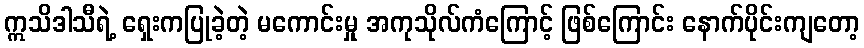
ဣသိဒါသီရဲ့ ရှေးကပြုခဲ့တဲ့ မကောင်းမှု အကုသိုလ်ကံကြောင့် ဖြစ်ကြောင်း နောက်ပိုင်းကျတော့